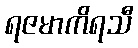
ရဇမာကိရသီ